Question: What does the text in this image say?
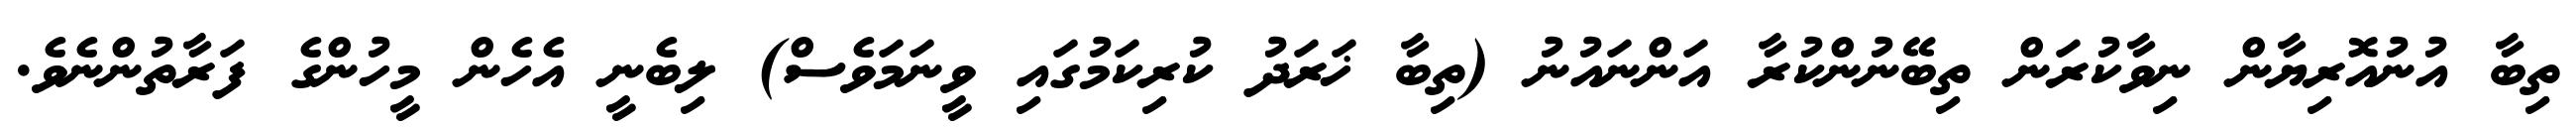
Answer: ތިބާ އުނުއޮރިޔާން ނިވާކުރަން ތިބޭނުންކުރާ އަންނައުނު (ތިބާ ޚަރަދު ކުރިކަމުގައި ވީނަމަވެސް) ލިބެނީ އެހެން މީހުންގެ ފަރާތުންނެވެ.